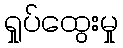
ရှုပ်ထွေးမှု